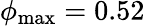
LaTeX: {{\phi}_{\operatorname*{max}}}=0.52